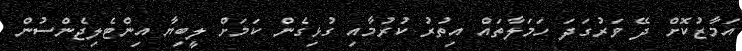
އަމާޒުކޮށް ދޭ ވަރުގަދަ ހަމަލާތައް އިތުރު ކުރުމާއި ގުޅިގެން ކަމަށް ލީބިޔާ އިންޓެލިޖެންސުން